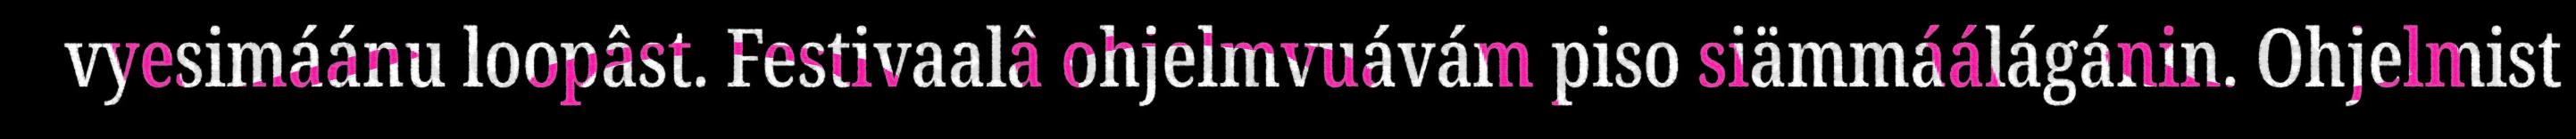
vyesimáánu loopâst. Festivaalâ ohjelmvuávám piso siämmáálágánin. Ohjelmist